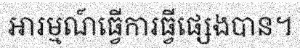
អារម្មណ៍ធ្វើការធ្វីផ្សេងបាន។